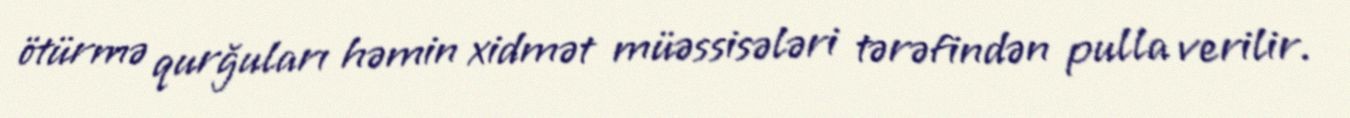
ötürmə qurğuları həmin xidmət müəssisələri tərəfindən pulla verilir.